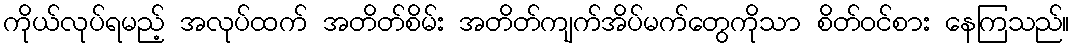
ကိုယ်လုပ်ရမည့် အလုပ်ထက် အတိတ်စိမ်း အတိတ်ကျက်အိပ်မက်တွေကိုသာ စိတ်ဝင်စား နေကြသည်။